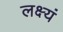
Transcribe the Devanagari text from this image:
लक्ष्यं